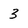
Character: 3